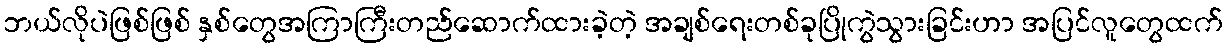
ဘယ်လိုပဲဖြစ်ဖြစ် နှစ်တွေအကြာကြီးတည်ဆောက်ထားခဲ့တဲ့ အချစ်ရေးတစ်ခုပြိုကွဲသွားခြင်းဟာ အပြင်လူတွေထက်